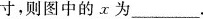
寸，则图中的x为___.